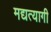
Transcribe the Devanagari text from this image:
मद्यत्यागी